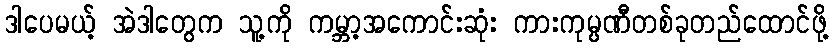
ဒါပေမယ့် အဲဒါတွေက သူ့ကို ကမ္ဘာ့အကောင်းဆုံး ကားကုမ္ပဏီတစ်ခုတည်ထောင်ဖို့